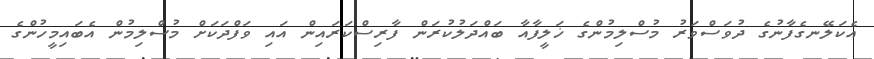
އެކަލޭނގެފާނުގެ ދުވަސްވަރު މުސްލިމުންގެ ޚަލީފާއާ ބައްދަލުކުރަން ފާރިސްކަރައިން އައި ވަފްދަކަށް މުސްލިމުން އެބައިމީހުންގެ